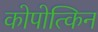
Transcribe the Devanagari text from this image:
कोपोत्किन